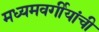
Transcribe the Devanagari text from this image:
मध्यमवर्गीयांची